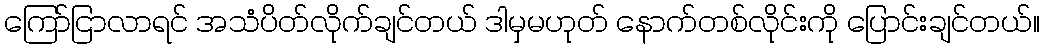
ကြော်ငြာလာရင် အသံပိတ်လိုက်ချင်တယ် ဒါမှမဟုတ် နောက်တစ်လိုင်းကို ပြောင်းချင်တယ်။